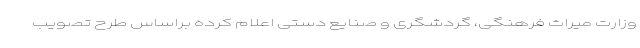
وزارت میراث فرهنگی، گردشگری و صنایع دستی اعلام کرده براساس طرح تصویب